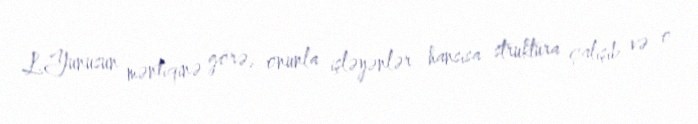
L.Yunusun məntiqinə görə, onunla işləyənlər hansısa struktura çalışıb və o